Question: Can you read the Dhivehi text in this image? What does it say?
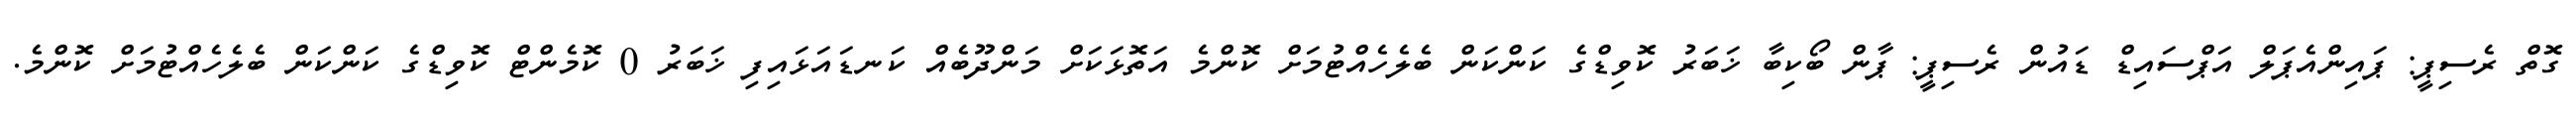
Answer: ގޮތް ރެސިޕީ: ޕައިންއެޕަލް އަޕްސައިޑް ޑައުން ރެސިޕީ: ޕާން ބޯކިބާ ޚަބަރު ކޮވިޑްގެ ކަންކަން ބެލެހެއްޓުމަށް ކޮންމެ އަތޮޅަކަށް މަންދޫބެއް ކަނޑައަޅައިފި ޚަބަރު 0 ކޮމެންޓް ކޮވިޑްގެ ކަންކަން ބެލެހެއްޓުމަށް ކޮންމެ.